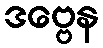
ဒဗ္ဗေန